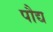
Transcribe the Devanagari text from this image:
पौद्य